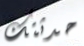
حدثتك